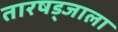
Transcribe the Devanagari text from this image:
तारषड्जाला